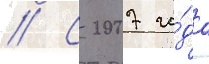
// С 2007 го́да